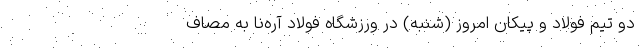
دو تیم فولاد و پیکان امروز (شنبه) در ورزشگاه فولاد آره‌نا به مصاف